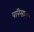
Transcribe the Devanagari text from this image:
परिमाम